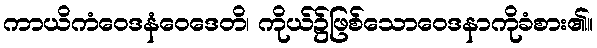
ကာယိကံဝေဒနံဝေဒေတိ၊ ကိုယ်၌ဖြစ်သောဝေဒနာကိုခံစား၏။